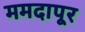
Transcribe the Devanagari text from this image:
ममदापूर